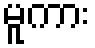
မူကား